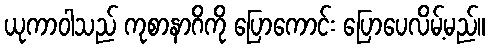
ယုကာဝါသည် ကုစာနာဂိကို ပြောကောင်း ပြောပေလိမ့်မည်။